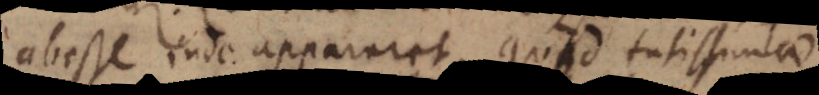
e inde appareret, quod tutissimae